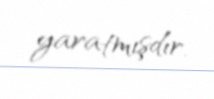
yaratmışdır.